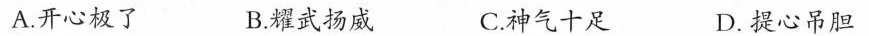
A.开心极了 B.耀武扬威 C.神气十足 D.提心吊胆